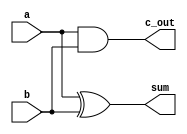
module Add_half (input a, b, output c_out, sum);
   xor G1(sum, a, b);	 
   and G2(c_out, a, b);
endmodule